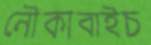
নৌকাবাইচ